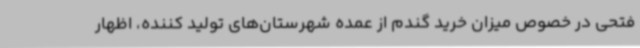
فتحی در خصوص میزان خرید گندم از عمده شهرستان‌های تولید کننده، اظهار